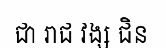
ជា រាជ វង្ស ជិន